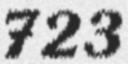
723